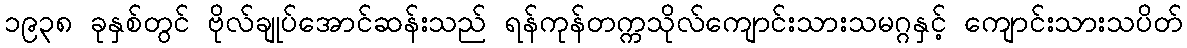
၁၉၃၈ ခုနှစ်တွင် ဗိုလ်ချုပ်အောင်ဆန်းသည် ရန်ကုန်တက္ကသိုလ်ကျောင်းသားသမဂ္ဂနှင့် ကျောင်းသားသပိတ်